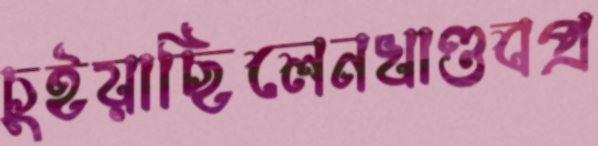
চুইয়াছিলেনখাণ্ডবপ্র